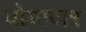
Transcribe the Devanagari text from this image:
वोयाजर